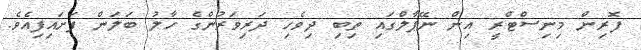
ފޮރިން މިނިސްޓްރީ އިން ނޭޕާލްގައި ތިބި ދިވެހި ދަރިވަރުންގެ ހާލު ބަލަން ފަށައިފިއެވެ.